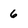
Character: 6